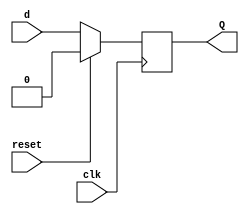
`timescale 1ns / 1ps

module D_flipflop(
    input clk, reset, d,
    output reg Q
    );
    
    always@(posedge clk)
          begin
            if({reset})
            Q<= 1'b0;
            else 
            Q <= d;
            end

endmodule


module JK_flipflop(
    input j,k,clk,reset,
    output reg Q
    );
    always@(posedge clk)
          begin
            if({reset})
            Q <= 1'b0;
            else
                begin
                case({j,k})
                2'b00:Q<=Q;
                2'b01:Q<=1'b0;
                2'b10:Q<=1'b1;
                2'b11:Q<=~Q;
                endcase
                end          
         end
endmodule


module SR_flipflop(
    input clk,reset,S,R, 
    output reg Q);
    
    always@(posedge clk)
          begin
            if(reset)
            Q <= 1'b0;
            else
                begin
                case({S,R})
                2'b00:Q<=Q;
                2'b01:Q<=1'b0;
                2'b10:Q<=1'b1;
                default: Q<= 2'bxx;
                endcase
                end          
         end

endmodule

module t_flip_flop (
    input clk, reset, T,
    output Q_sr, Q_jk, Q_d
    );
    wire w1, w2, w3;
    
    assign w1= T & (~Q_sr);
    assign w2= T & Q_sr;
    SR_flipflop SR(clk, reset, w1, w2, Q_sr);
    
    JK_flipflop JK(T, T, clk, reset, Q_jk);
    
    assign w3= T ^ Q_d;
    D_flipflop D(w3, clk, reset, Q_d);
    
endmodule